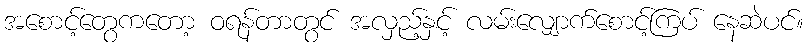
အစောင့်တွေကတော့ ဝရန်တာတွင် အလှည့်နှင့် လမ်းလျှောက်စောင့်ကြပ် နေဆဲပင်။